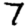
Digit: 7